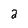
Character: 2